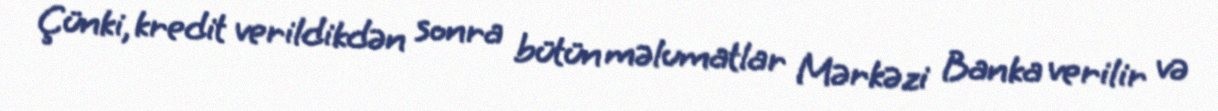
Çünki, kredit verildikdən sonra bütün məlumatlar Mərkəzi Banka verilir və